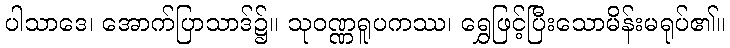
ပါသာဒေ၊ အောက်ပြာသာဒ်၌။ သုဝဏ္ဏရူပကဿ၊ ရွှေဖြင့်ပြီးသောမိန်းမရုပ်၏။